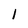
Character: I